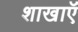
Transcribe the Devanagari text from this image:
शाखाऍं